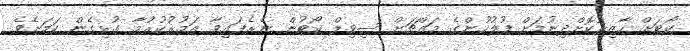
ކޯޓަށް ހާޒިރުކޮށްދިނުމަށް ފުލުހުންގެ މައްޗަށް ސިވިލް ކޯޓުން ނެރެފައިވާ އަމުރުކުރުމާ ގުޅިގެން ކަމަށެވެ.